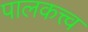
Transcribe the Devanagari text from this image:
पालकत्त्व